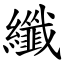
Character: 纖